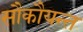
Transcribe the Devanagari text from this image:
सौकौयन्त